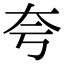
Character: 夸